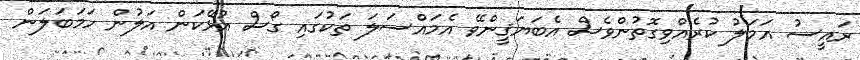
ރައީސު އަމަލު ކުރެއްވިގޮތުންވެސް އެބަޔަޤީންވޭ އެމައްސަލަ ތަކުގައި ގޯސް އުޅޭކަން އަލުން ހަމަބަލަން